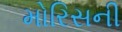
મોરિસની